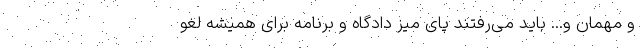
و مهمان و... باید می‌رفتند پای میز دادگاه و برنامه برای همیشه لغو